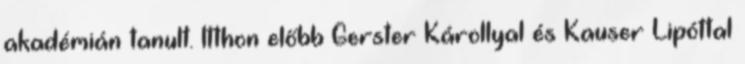
akadémián tanult. Itthon előbb Gerster Károllyal és Kauser Lipóttal